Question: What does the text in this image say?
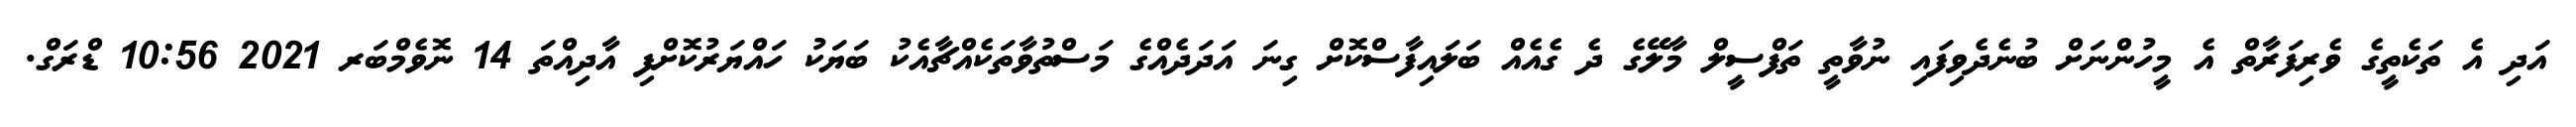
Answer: އަދި އެ ތަކެތީގެ ވެރިފަރާތް އެ މީހުންނަށް ބުނެދެވިފައި ނުވާތީ ތަފްސީލް މާލޭގެ ދެ ގެއެއް ބަލައިފާސްކޮށް ގިނަ އަދަދެއްގެ މަސްތުވާތަކެއްޗާއެކު ބަޔަކު ހައްޔަރުކޮށްފި އާދިއްތަ 14 ނޮވެމްބަރ 2021 10:56 ޑްރަގް.